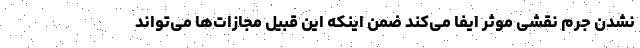
نشدن جرم نقشی موثر ایفا می‌کند ضمن اینکه این قبیل مجازات‌ها می‌تواند